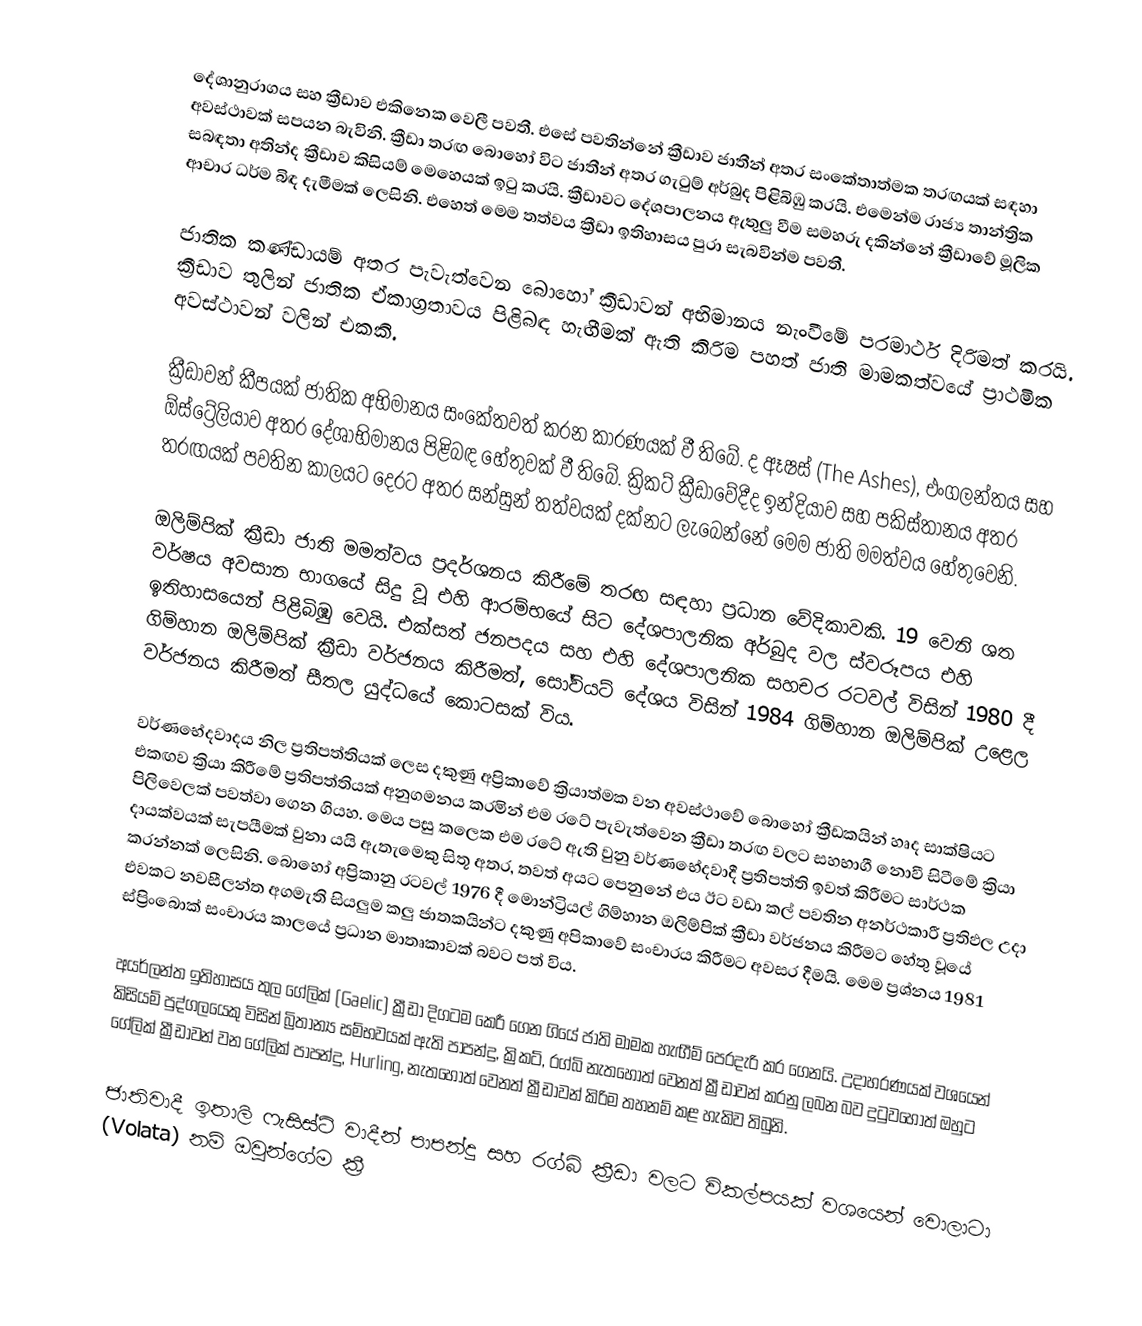
දේශානුරාගය සහ ක්‍රීඩාව එකිනෙක වෙලී පවතී. එසේ පවතින්නේ ක්‍රීඩාව ජාතීන් අතර සංකේතාත්මක තරඟයක් සඳහා අවස්ථාවක් සපයන බැවිනි. ක්‍රීඩා තරඟ බොහෝ විට ජාතීන් අතර ගැටුම් අර්බුද පිළිබිඹු කරයි. එමෙන්ම රාජ්‍ය තාන්ත්‍රික සබඳතා අතින්ද  ක්‍රීඩාව කිසියම් මෙහෙයක් ඉටු කරයි. ක්‍රීඩාවට දේශපාලනය ඇතුලු වීම සමහරු දකින්නේ ක්‍රීඩාවේ මූලික ආචාර ධර්ම බිඳ දැමීමක් ලෙසිනි. එහෙත් මෙම තත්වය ක්‍රීඩා ඉතිහාසය පුරා සැබවින්ම පවතී.

ජාතික කණ්ඩායම් අතර පැවැත්වෙන බොහෝ ක්‍රීඩාවන් අභිමානය නැංවීමේ පරමාර්ථ දිරිමත් කරයි. ක්‍රීඩාව තුලින් ජාතික ඒකාග්‍රතාවය පිළිබඳ හැඟීමක් ඇති කිරිම පහත් ජාති මාමකත්වයේ ප්‍රාථමික අවස්ථාවන් වලින් එකකි.

ක්‍රීඩාවන් කීපයක් ජාතික අභිමානය සංකේතවත් කරන කාරණයක් වී තිබේ. ද ඈෂස් (The Ashes), එංගලන්තය සහ ඕස්ට්‍රේලියාව අතර දේශාභිමානය පිළිබඳ හේතුවක් වී තිබේ. ක්‍රිකට් ක්‍රීඩාවේදීද ඉන්දියාව සහ පකිස්තානය අතර තරඟයක් පවතින කාලයට දෙරට අතර සන්සුන් තත්වයක් දක්නට ලැබෙන්නේ මෙම ජාති මමත්වය හේතුවෙනි.

ඔලිම්පික් ක්‍රීඩා ජාති මමත්වය ප්‍රදර්ශනය කිරීමේ තරඟ සඳහා ප්‍රධාන වේදිකාවකි. 19 වෙනි ශත වර්ෂය අවසාන භාගයේ සිදු වූ එහි ආරම්භයේ සිට දේශපාලනික අර්බුද වල ස්වරූපය එහි ඉතිහාසයෙන් පිළිබිඹු වෙයි. එක්සත් ජනපදය සහ එහි දේශපාලනික සහචර රටවල් විසින් 1980 දී ගිම්හාන ඔලිම්පික් ක්‍රීඩා වර්ජනය කිරීමත්, සෝවියට් දේශය විසින් 1984 ගිම්හාන ඔලිම්පික් උළෙල වර්ජනය කිරීමත් සීතල යුද්ධයේ කොටසක් විය.

වර්ණභේදවාදය නිල ප්‍රතිපත්තියක් ලෙස දකුණු අප්‍රිකාවේ ක්‍රියාත්මක වන අවස්ථාවේ බොහෝ ක්‍රීඩකයින් හෘද සාක්ෂියට එකඟව ක්‍රියා කිරීමේ ප්‍රතිපත්තියක් අනුගමනය කරමින් එම රටේ පැවැත්වෙන ක්‍රීඩා තරඟ වලට සහභාගී නොවී සිටීමේ ක්‍රියා පිලිවෙලක් පවත්වා ගෙන ගියහ. මෙය පසු කලෙක එම රටේ ඇති වුනු වර්ණභේදවාදී ප්‍රතිපත්ති ඉවත් කිරීමට සාර්ථක දායක්වයක් සැපයීමක් වුනා යයි ඇතැමෙකු සිතූ අතර, තවත් අයට පෙනුනේ එය ඊට වඩා කල් පවතින අනර්ථකාරී ප්‍රතිඵල උදා කරන්නක් ලෙසිනි. බොහෝ අප්‍රිකානු රටවල් 1976 දී මොන්ට්‍රියල් ගිම්හාන ඔලිම්පික් ක්‍රීඩා වර්ජනය කිරීමට හේතු වූයේ එවකට නවසීලන්ත අගමැති සියලුම කලු ජාතකයින්ට දකුණු අපිකාවේ සංචාරය කිරීමට අවසර දීමයි. මෙම ප්‍රශ්නය 1981 ස්ප්‍රිංබොක් සංචාරය කාලයේ ප්‍රධාන මාතෘකාවක් බවට පත් විය.

අයර්ලන්ත ඉතිහාසය තුල ගේලික් (Gaelic) ක්‍රීඩා දිගටම කෙරී ගෙන ගියේ ජාති මාමක හැඟීම් පෙරදැරි කර ගෙනයි. උදාහරණයක් වශයෙන් කිසියම් පුද්ගලයෙකු විසින් බ්‍රිතාන්‍ය සම්භවයක් ඇති පාපන්දු, ක්‍රිකට්, රග්බි නැතහොත් වෙනත් ක්‍රීඩාවන් කරනු ලබන බව දුටුවහොත් ඔහුට ගේලික් ක්‍රීඩාවන් වන ගේලික් පාපන්දු, Hurling,  නැතහොත් වෙනත් ක්‍රීඩාවන් කිරිම තහනම් කළ හැකිව තිබුනි.

ජාතිවාදී ඉතාලි ෆැසිස්ට් වාදීන් පාපන්දු සහ රග්බි ක්‍රීඩා වලට විකල්පයක් වශයෙන් වොලාටා (Volata) නම් ඔවුන්ගේම ක්‍රී